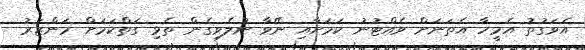
އެވަގުތު އެމީހާ އެތަނަށް ވެއްޓުނު ކަމަށާއި ނޭވާ ނުލެވިގެން ތެޅި ގަތްކަމަށް މަންޒަރު